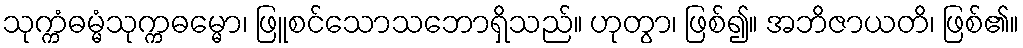
သုက္ကံဓမ္မံသုက္ကဓမ္မော၊ ဖြူစင်သောသဘောရှိသည်။ ဟုတွာ၊ ဖြစ်၍။ အဘိဇာယတိ၊ ဖြစ်၏။